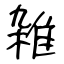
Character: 雑